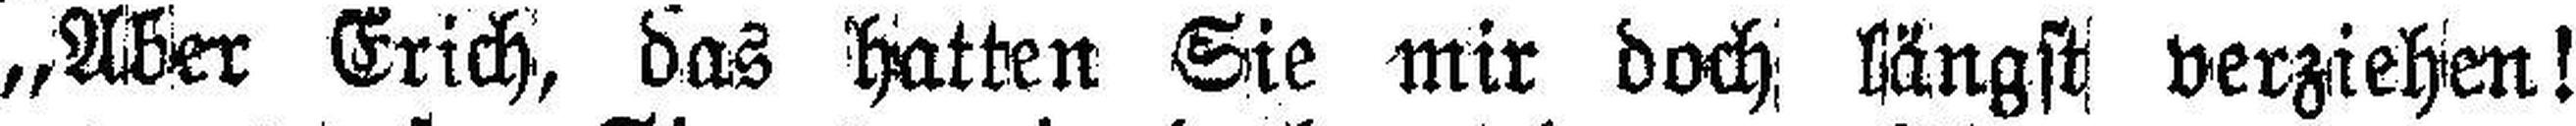
„Aber Erich, das hatten Sie mir doch längst verziehen!